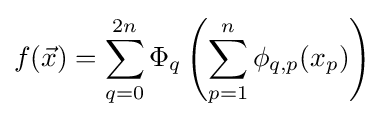
f({\vec {x}})=\sum _{q=0}^{2n}\Phi _{q}\left(\sum _{p=1}^{n}\phi _{q,p}(x_{p})\right)